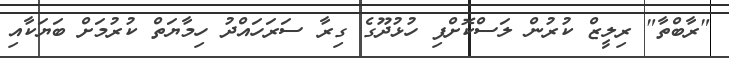
"ރާބްތާ" ރިލީޒް ކުރުން ލަސްކޮށްފި ހުޅުދޫގެ ގިރާ ސަރަހައްދު ހިމާޔަތް ކުރުމަށް ބަޔަކާއި